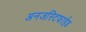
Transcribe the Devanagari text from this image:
अनजस्टिफाईड